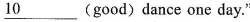
\underline{10 } (good)dance one day."